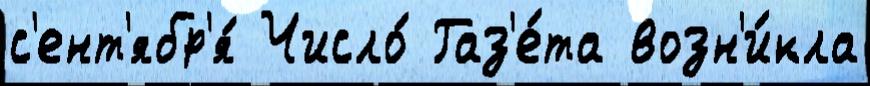
с'ент'ябр'я́ Число́ Газ'е́та возн'и́кла